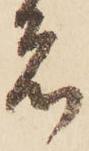
者